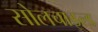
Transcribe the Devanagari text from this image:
सोलचाइल्ड